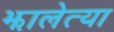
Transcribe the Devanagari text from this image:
झालेत्या